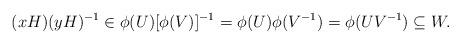
LaTeX: \begin{align*}(xH)(yH)^{-1} \in \phi(U)[\phi(V)]^{-1} = \phi(U)\phi(V^{-1}) = \phi(UV^{-1}) \subseteq W.\end{align*}